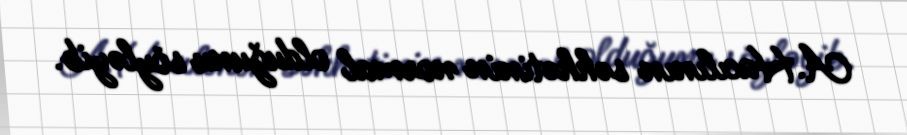
A.Hacılının səhhətinin normal olduğunu söyləyib.